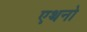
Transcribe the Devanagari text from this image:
एथनो